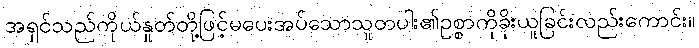
အရှင်သည်ကိုယ်နှုတ်တို့ဖြင့်မပေးအပ်သောသူတပါး၏ဥစ္စာကိုခိုးယူခြင်းလည်းကောင်း။